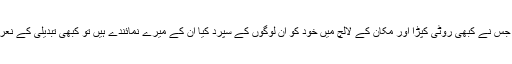
میں وہ عام آدمی ہوں جس نے کبھی روٹی کپڑا اور مکان کے لالچ میں خود کو ان لوگوں کے سپرد کیا ان کے میرے نمائندے ہیں تو کبھی تبدیلی کے نعرے سے متاثر ہو کر۔